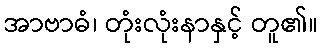
အာဗာဓံ၊ တုံးလုံးနာနှင့် တူ၏။